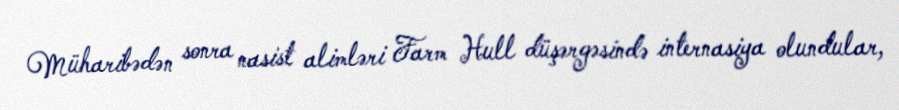
Müharibədən sonra nasist alimləri Farm Hull düşərgəsində internasiya olundular,